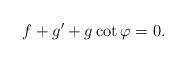
LaTeX: \begin{align*}f+g'+g\cot\varphi=0.\end{align*}